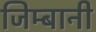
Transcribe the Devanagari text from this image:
जिम्बानी